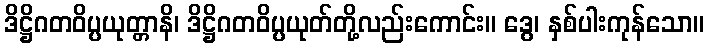
ဒိဋ္ဌိဂတဝိပ္ပယုတ္တာနိ၊ ဒိဋ္ဌိဂတဝိပ္ပယုတ်တို့လည်းကောင်း။ ဒွေ၊ နှစ်ပါးကုန်သော။